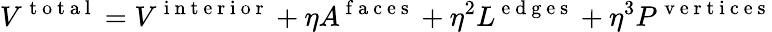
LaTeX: V^{\mathrm{~t~o~t~a~l~}}=V^{\mathrm{~i~n~t~e~r~i~o~r~}}+\eta A^{\mathrm{~f~a~c~e~s~}}+\eta^{2}L^{\mathrm{~e~d~g~e~s~}}+\eta^{3}P^{\mathrm{~v~e~r~t~i~c~e~s~}}